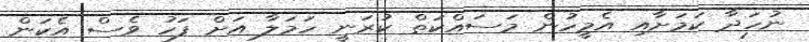
ނުހަދާ ކަމަށާއި އެމީހުން މަސައްކަތް ކުރަނީ ހަމަލާ އަށް ފަހު ވެސް އެކަން